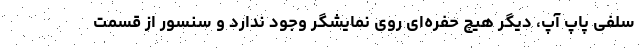
سلفی پاپ آپ، دیگر هیچ حفره‌ای روی نمایشگر وجود ندارد و سنسور از قسمت